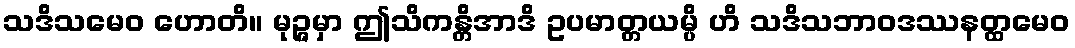
သဒိသမေဝ ဟောတိ။ မုဉ္ဇမှာ ဤသိကန္တိအာဒိ ဥပမာတ္တယမ္ပိ ဟိ သဒိသဘာဝဒဿနတ္ထမေဝ